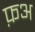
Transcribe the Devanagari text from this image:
फ़अ